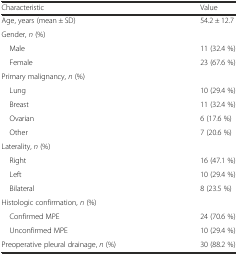
| Characteristic | Value |
 | --- | --- |
 | Age, years (mean ± SD) | 54.2 ± 12.7 |
 | Gender, n (%) |  |
 | Male | 11 (32.4 %) |
 | Female | 23 (67.6 %) |
 | Primary malignancy, n (%) |  |
 | Lung | 10 (29.4 %) |
 | Breast | 11 (32.4 %) |
 | Ovarian | 6 (17.6 %) |
 | Other | 7 (20.6 %) |
 | Laterality, n (%) |  |
 | Right | 16 (47.1 %) |
 | Left | 10 (29.4 %) |
 | Bilateral | 8 (23.5 %) |
 | Histologic confirmation, n (%) |  |
 | Confirmed MPE | 24 (70.6 %) |
 | Unconfirmed MPE | 10 (29.4 %) |
 | Preoperative pleural drainage, n (%) | 30 (88.2 %) |